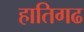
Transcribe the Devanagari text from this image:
हातिगढ